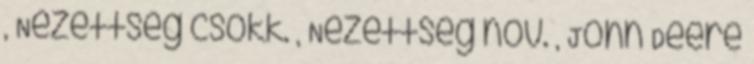
, Nézettség csökk. , Nézettség növ. , John Deere